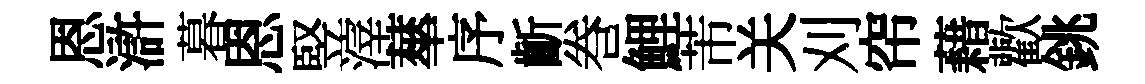
恩滸暮恩竪滓蕐序齗巻鯉芾关刈帘藉歡銚